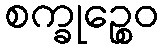
စက္ခုဉ္စေဝ